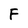
Character: F